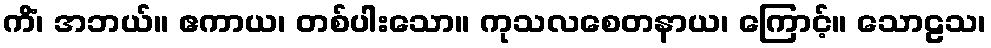
ကိံ၊ အဘယ်။ ဧကာယ၊ တစ်ပါးသော။ ကုသလစေတနာယ၊ ကြောင့်။ သောဠသ၊